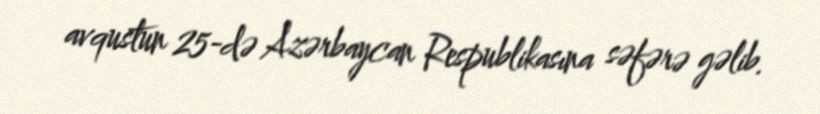
avqustun 25-də Azərbaycan Respublikasına səfərə gəlib.